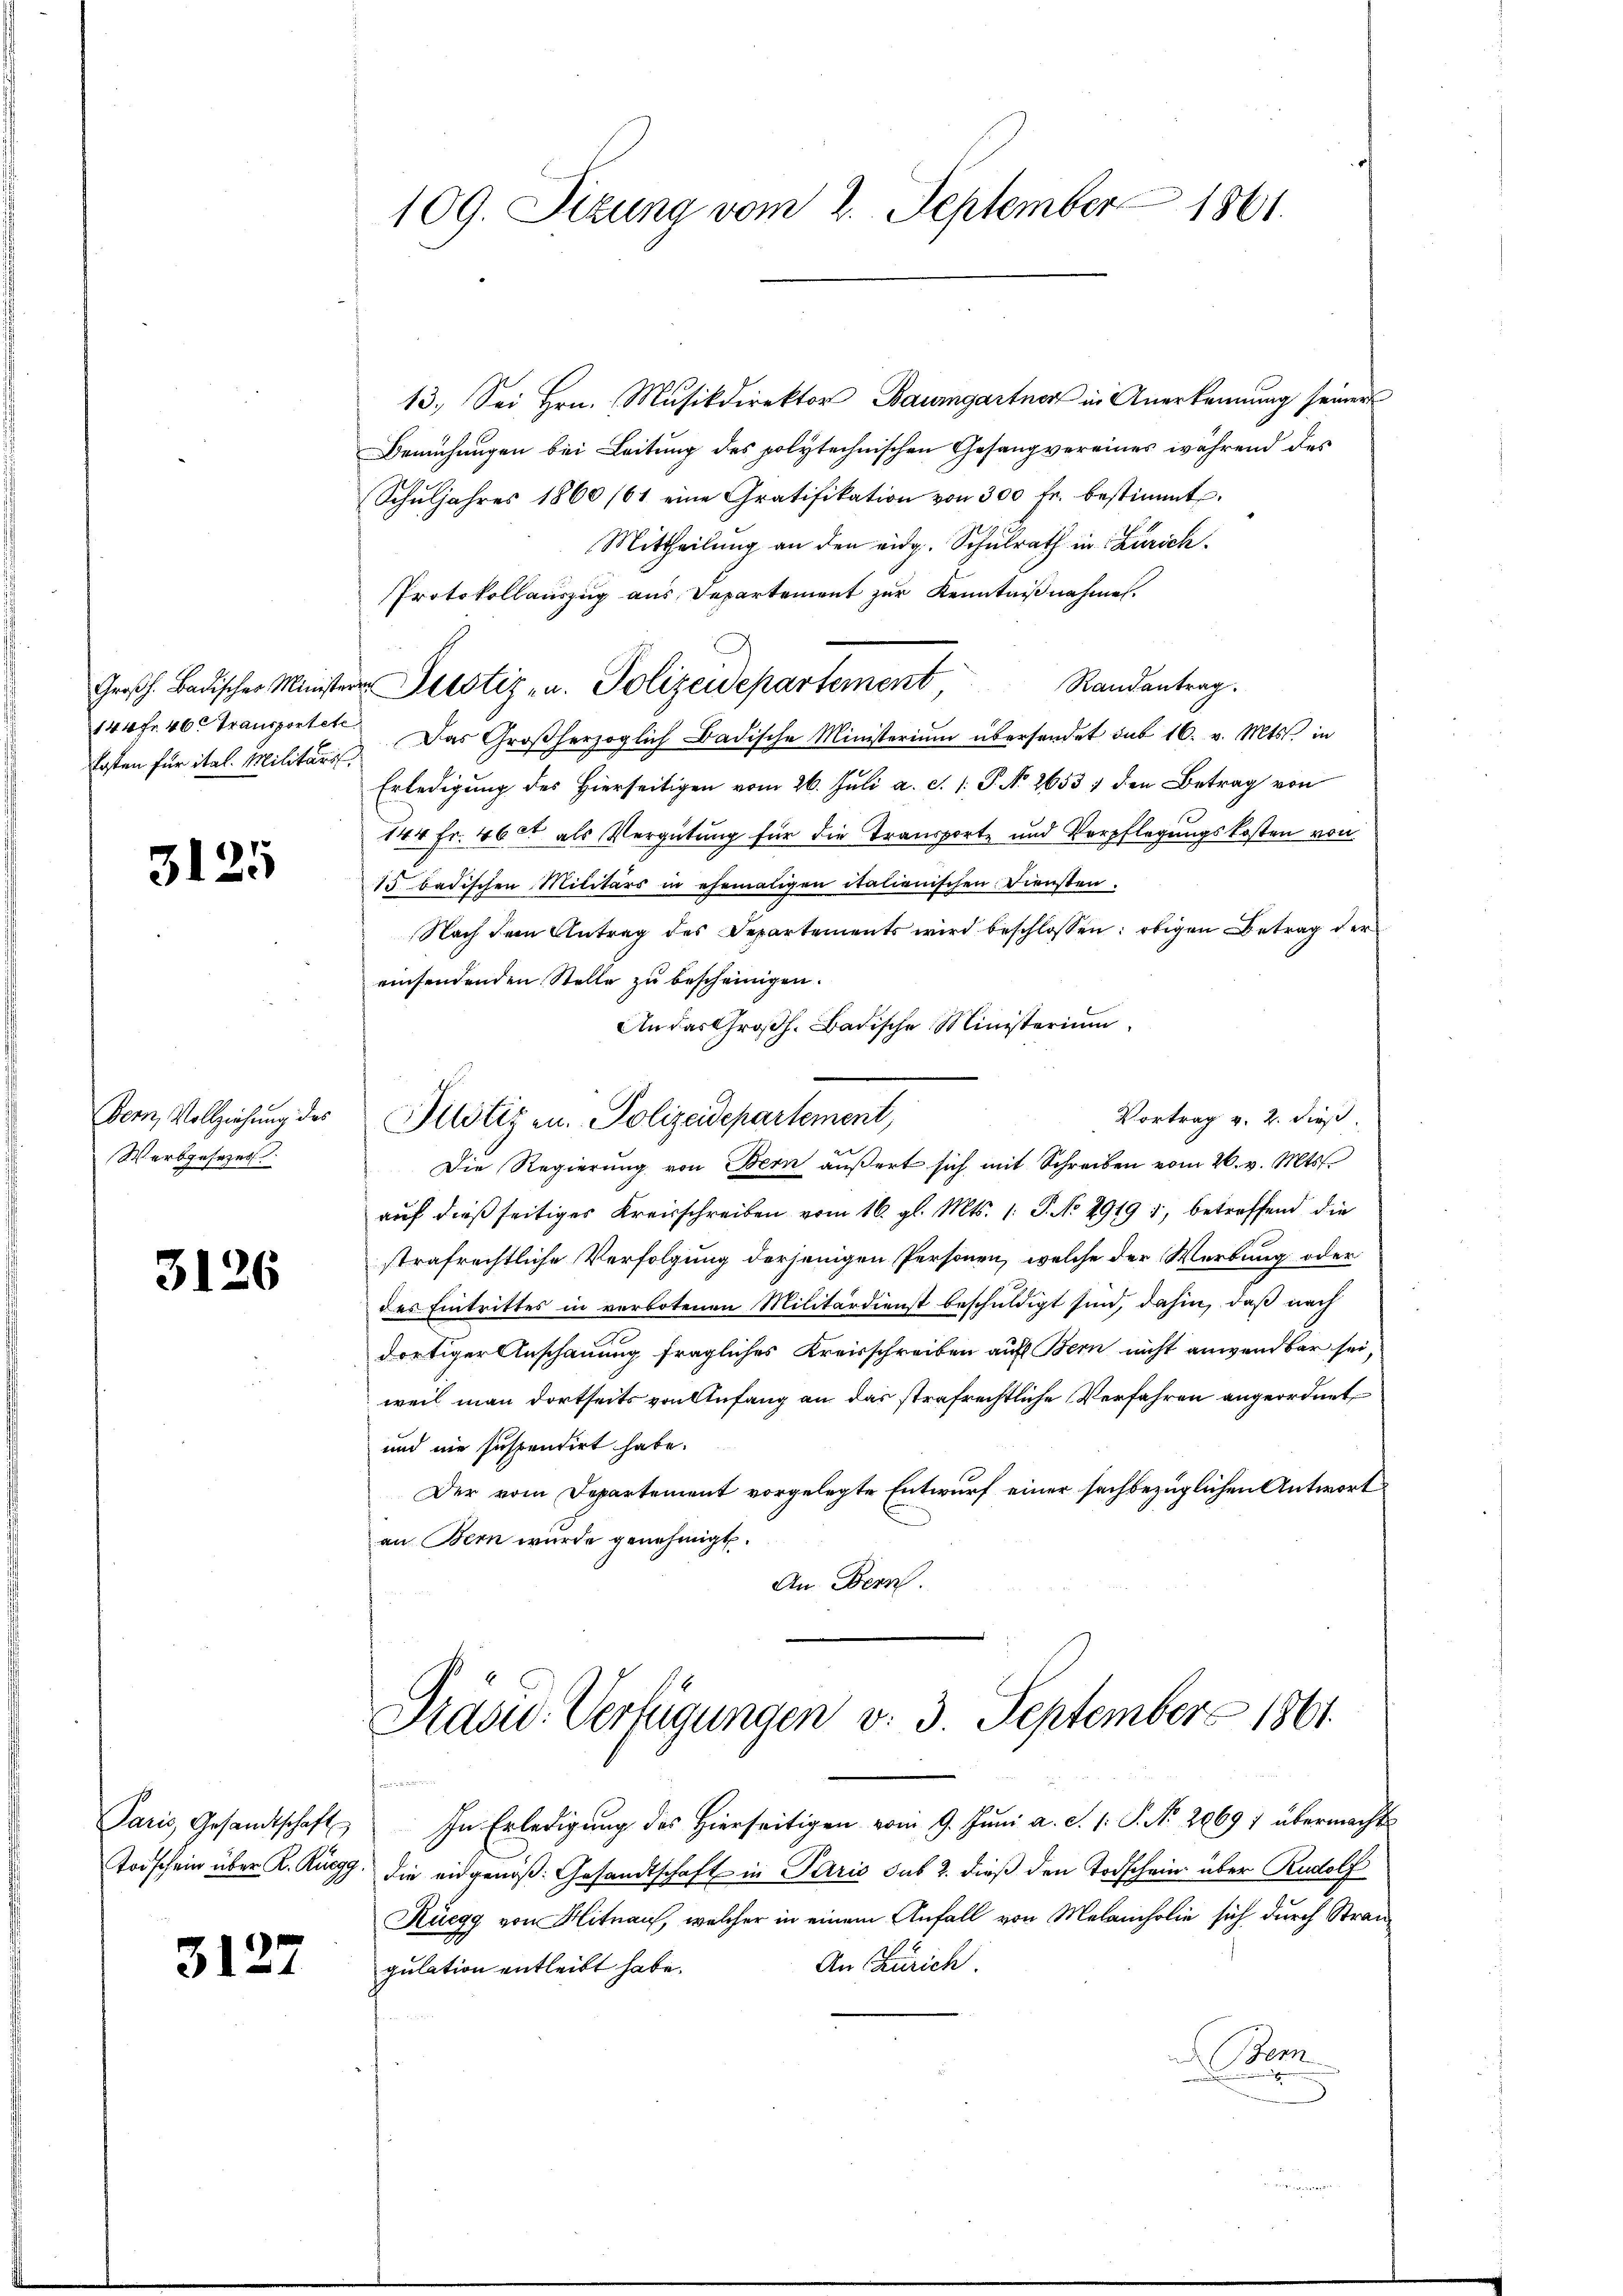
Großh. Badischer Minister
144 fr. 46. Transportete
fosten für ital. Militärs.

3125

Bern, Vollziehung des
Werbgesezes

3126

Paris, Gesandtschaft

3127

109. Sizung vom 2. September 1861.

13. Sei Hrn. Musikdirektor Baumgartner in Anerkennung seiner
Bemühungen bei Leitung des polytechnischen Gesangvereines während des
Schŭljahres 1860/61 eine Gratifikation von 300 fr. bestimmt.
Mittheilung an den eidg. Schulrath in Zürich.
Protokollauszug aus Departement zur Kenntnißnahmen.
Randantrag.
Das Großherzoglich Badische Ministerium übersendet sub 16. v. Mts. in
Erledigung des Hierseitigen vom 26. Juli a. c. 1. P. No 2653 / den Betrag von
144 Fr. 46 et als Vergütung für die Transporte und Verpflegungskosten von
15. badischen Militärs in ehemaligen italienischen Diensten.
Nach dem Antrag des Departements wird beschlossen: obigen Betrag der
einsendenden Stelle zu bescheinigen.
An das Großh. Badische Ministerium
Die Regierŭng von Bern aŭβert sich mit Schreiben vom 26. v. Mts.
auf dießseitiges Kreisschreiben vom 16. gl. Mts. 1. P. No 2919 1, betreffend die
strafrechtliche Verfolgung derjenigen Personen, welche der Werbung oder
des Eintrittes in verbotenen Militärdienst beschuldigt sind, dahin, daß nach
dortiger Anschauung fragliches Kreisschreiben auf Bern nicht anwendbar sei,
weil man dortseits von Anfang an das strafrechtliche Verfahren angeordnet
und nie suspendirt habe.
Der vom Departement vorgelegte Entwurf einer sachbezüglichen Antwort
an Bern wurde genehmigt.
An Bern.
Präsid. Verfügungen v. 3. Septembers 1861.
d
In Erledigung des Hierseitigen vom 9. Juni a. c. 1. P. No. 20691 übermacht
Todschein über K. Ruegg, die eidgenöß: Gesandtschaft in Paris sub 2. dieß den Todschein über Rudolf
Küegg von Hinauf, welcher in einem Anfall von Melancholie sich durch Stran¬
An Zürich.
gulation entleibt habe.
Bem

Justizen. Polizeidepartement,

Justizen. Polizeidepartement,

Vortrag v. 2. dieß.